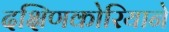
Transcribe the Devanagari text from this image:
दक्षिणकोरियाने